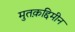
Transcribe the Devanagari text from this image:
मुतक़द्दिमीन